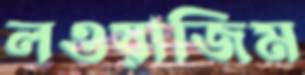
লওয়াজিম